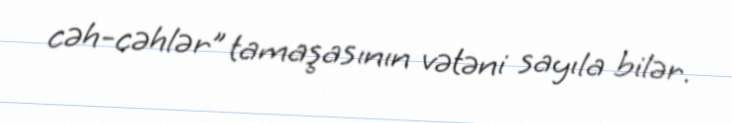
cəh-cəhlər” tamaşasının vətəni sayıla bilər.